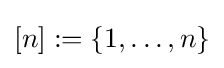
[n]:=\{1,\dots ,n\}